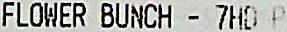
FLOWER BUNCH - 7HD P